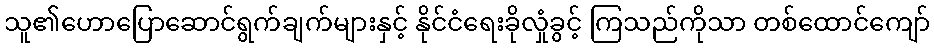
သူ၏ဟောပြောဆောင်ရွက်ချက်များနှင့် နိုင်ငံရေးခိုလှုံခွင့် ကြသည်ကိုသာ တစ်ထောင်ကျော်